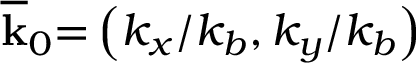
\overline { { \mathbf { k } } } _ { 0 } \mathbf { = } \left( k _ { x } / k _ { b } , k _ { y } / k _ { b } \right)